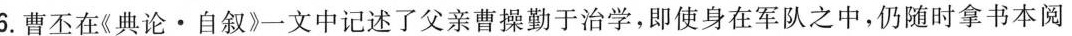
6.曹丕在《典论·自叙》一文中记述了父亲曹操勤于治学，即使身在军队之中，仍随时拿书本阅